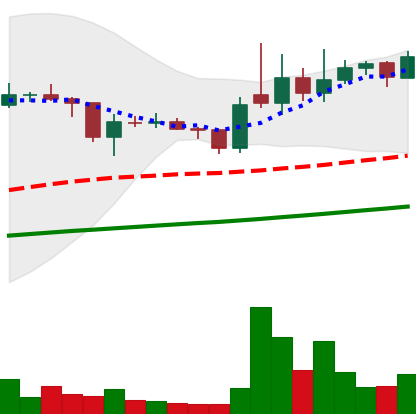
Ticker: XLM-USD
Chart end date: 2021-02-05
Forward return: 17.966%
Label: up_7plus